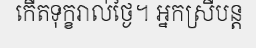
កើតទុក្ខរាល់ថ្ងៃ។ អ្នកស្រីបន្ត